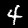
Digit: 4